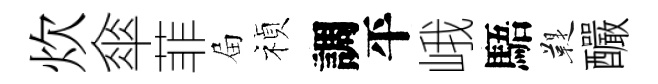
炊傘菲屇禎調平峨䮏鞮釅